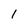
Character: 1